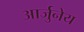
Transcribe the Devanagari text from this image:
आर्जुनेय